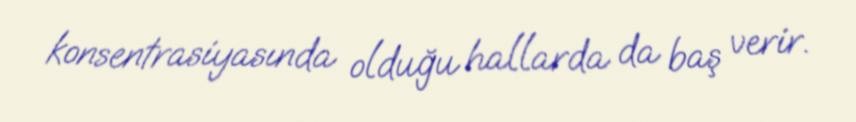
konsentrasiyasında olduğu hallarda da baş verir.